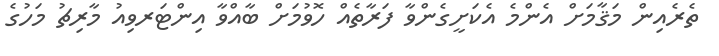
ތެރެއިން މަޤާމަށް އެންމެ އެކަށީގެންވާ ފަރާތެއް ހޮވުމަށް ބާއްވާ އިންޓަރވިއު މާރިޗު މަހުގެ